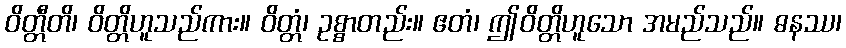
ဝိတ္တီတိ၊ ဝိတ္တိဟူသည်ကား။ ဝိတ္တံ၊ ဥစ္စာတည်း။ ဧတံ၊ ဤဝိတ္တိဟူသော အမည်သည်။ ဓနဿ၊